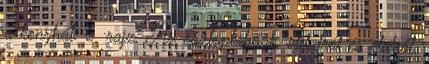
a konyhát. 6. rajz. Az oszloplábúak, oldalról és elölről,